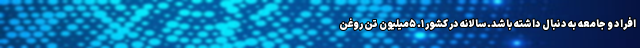
افراد و جامعه به دنبال داشته باشد. سالانه در کشور ۱. ۵میلیون تن روغن